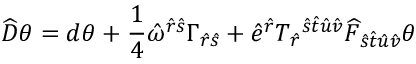
\widehat { D } \theta = d \theta + \frac { 1 } { 4 } \hat { \omega } ^ { \hat { r } \hat { s } } \Gamma _ { \hat { r } \hat { s } } + \hat { e } ^ { \hat { r } } T _ { \hat { r } } { } ^ { \hat { s } \hat { t } \hat { u } \hat { v } } \widehat { F } _ { \hat { s } \hat { t } \hat { u } \hat { v } } \theta